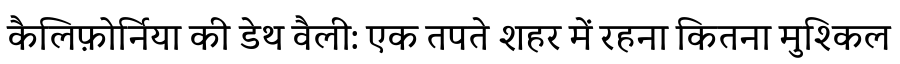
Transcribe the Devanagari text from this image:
कैलिफ़ोर्निया की डेथ वैली: एक तपते शहर में रहना कितना मुश्किल